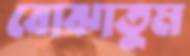
বোঝাতুম